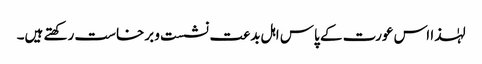
لہٰذا اس عورت کے پاس اہل بدعت نشست و برخاست رکھتے ہیں۔